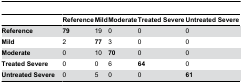
|  | Reference | Mild | Moderate | Treated Severe | Untreated Severe |
 | --- | --- | --- | --- | --- | --- |
 | Reference | 79 | 19 | 0 | 0 | 0 |
 | Mild | 2 | 77 | 3 | 0 | 0 |
 | Moderate | 0 | 10 | 70 | 0 | 0 |
 | Treated Severe | 0 | 0 | 6 | 64 | 0 |
 | Untreated Severe | 0 | 5 | 0 | 0 | 61 |